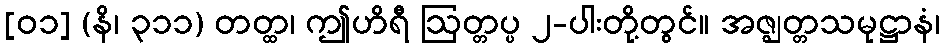
[၀၁] (နိ၊ ၃၁၁) တတ္ထ၊ ဤဟိရီ ဩတ္တပ္ပ ၂-ပါးတို့တွင်။ အဇ္ဈတ္တသမုဋ္ဌာနံ၊